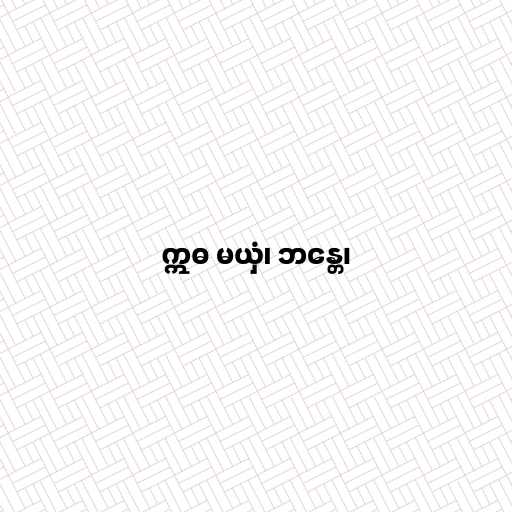
ဣဓ မယှံ၊ ဘန္တေ၊